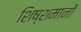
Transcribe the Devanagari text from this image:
शिष्शमानों